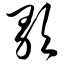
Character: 歌